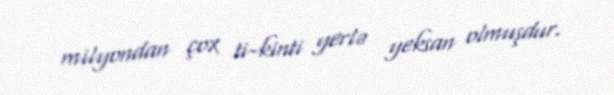
milyondan çox ti-kinti yerlə yeksan olmuşdur.